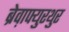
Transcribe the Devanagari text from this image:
ब्रेव़ाफ्युरथुर